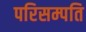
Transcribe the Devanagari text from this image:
परिसम्पति